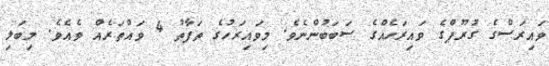
ވައިރަސްގެ ގުރޫޕްގެ ވައިރަހެއްގެ ސަބަބުންނެވެ. މިވައިރަހުގެ ތަފާތު 4 ވައްތަރެއް ވެއެވެ. މިބަލި